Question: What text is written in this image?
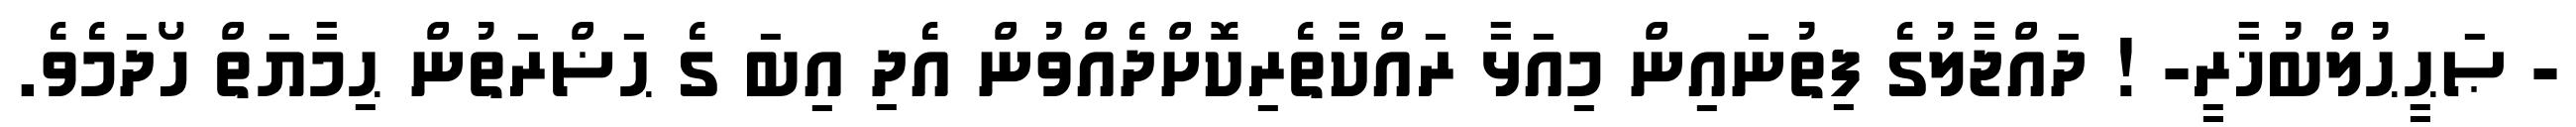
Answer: - ޞަޙީޙުލްބުޚާރީ- ! ދައްޖާލުގެ ފިތުނައިން މިއަޅާ ރައްކާތެރިކޮށްދެއްވުން އެދި އިބަ ގެ ޙަޟްރަތުން ޙިމާޔަތް ހޯދަމެވެ.